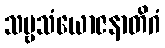
သဗ္ဗသံယောဇနာတိဂံ